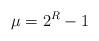
LaTeX: \begin{align*}\mu=2^R-1\end{align*}